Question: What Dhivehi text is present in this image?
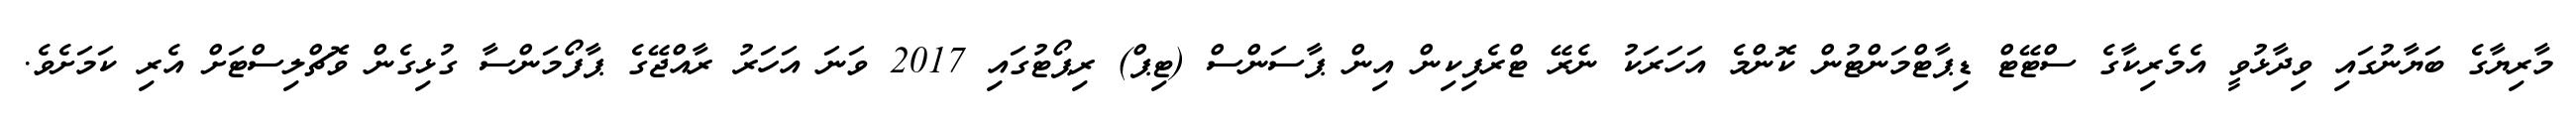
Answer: މާރިޔާގެ ބަޔާނުގައި ވިދާޅުވީ އެމެރިކާގެ ސްޓޭޓް ޑިޕާޓްމަންޓުން ކޮންމެ އަހަރަކު ނެރޭ ޓްރެފިކިން އިން ޕާސަންސް (ޓިޕް) ރިޕޯޓުގައި 2017 ވަނަ އަހަރު ރާއްޖޭގެ ޕާފޯމަންސާ ގުޅިގެން ވޮޗްލިސްޓަށް އެރި ކަމަށެވެ.